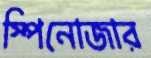
স্পিনোজার